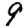
Digit: 9